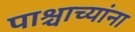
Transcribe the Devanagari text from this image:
पाश्चाच्यांना